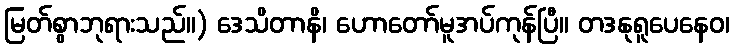
မြတ်စွာဘုရားသည်။) ဒေသိတာနိ၊ ဟောတော်မူအပ်ကုန်ပြီ။ တဒနုရူပေနေဝ၊